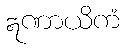
ဣဏာယိကံ